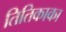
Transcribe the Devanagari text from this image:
तितिकाका